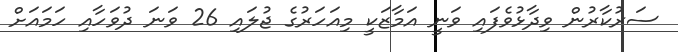
ސަރުކާރުން ވިދާޅުވެފައި ވަނީ އަމާޒަކީ މިއަހަރުގެ ޖުލައި 26 ވަނަ ދުވަހާއި ހަމައަށް